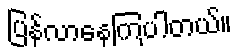
ပြန်လာနေကြပါတယ်။